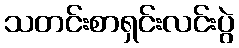
သတင်းစာရှင်းလင်းပွဲ